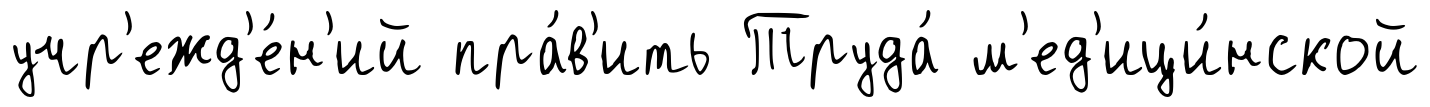
учр'ежд'е́н'ий пра́в'ить Труда́ м'ед'ици́нской